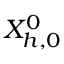
X _ { h , 0 } ^ { 0 }